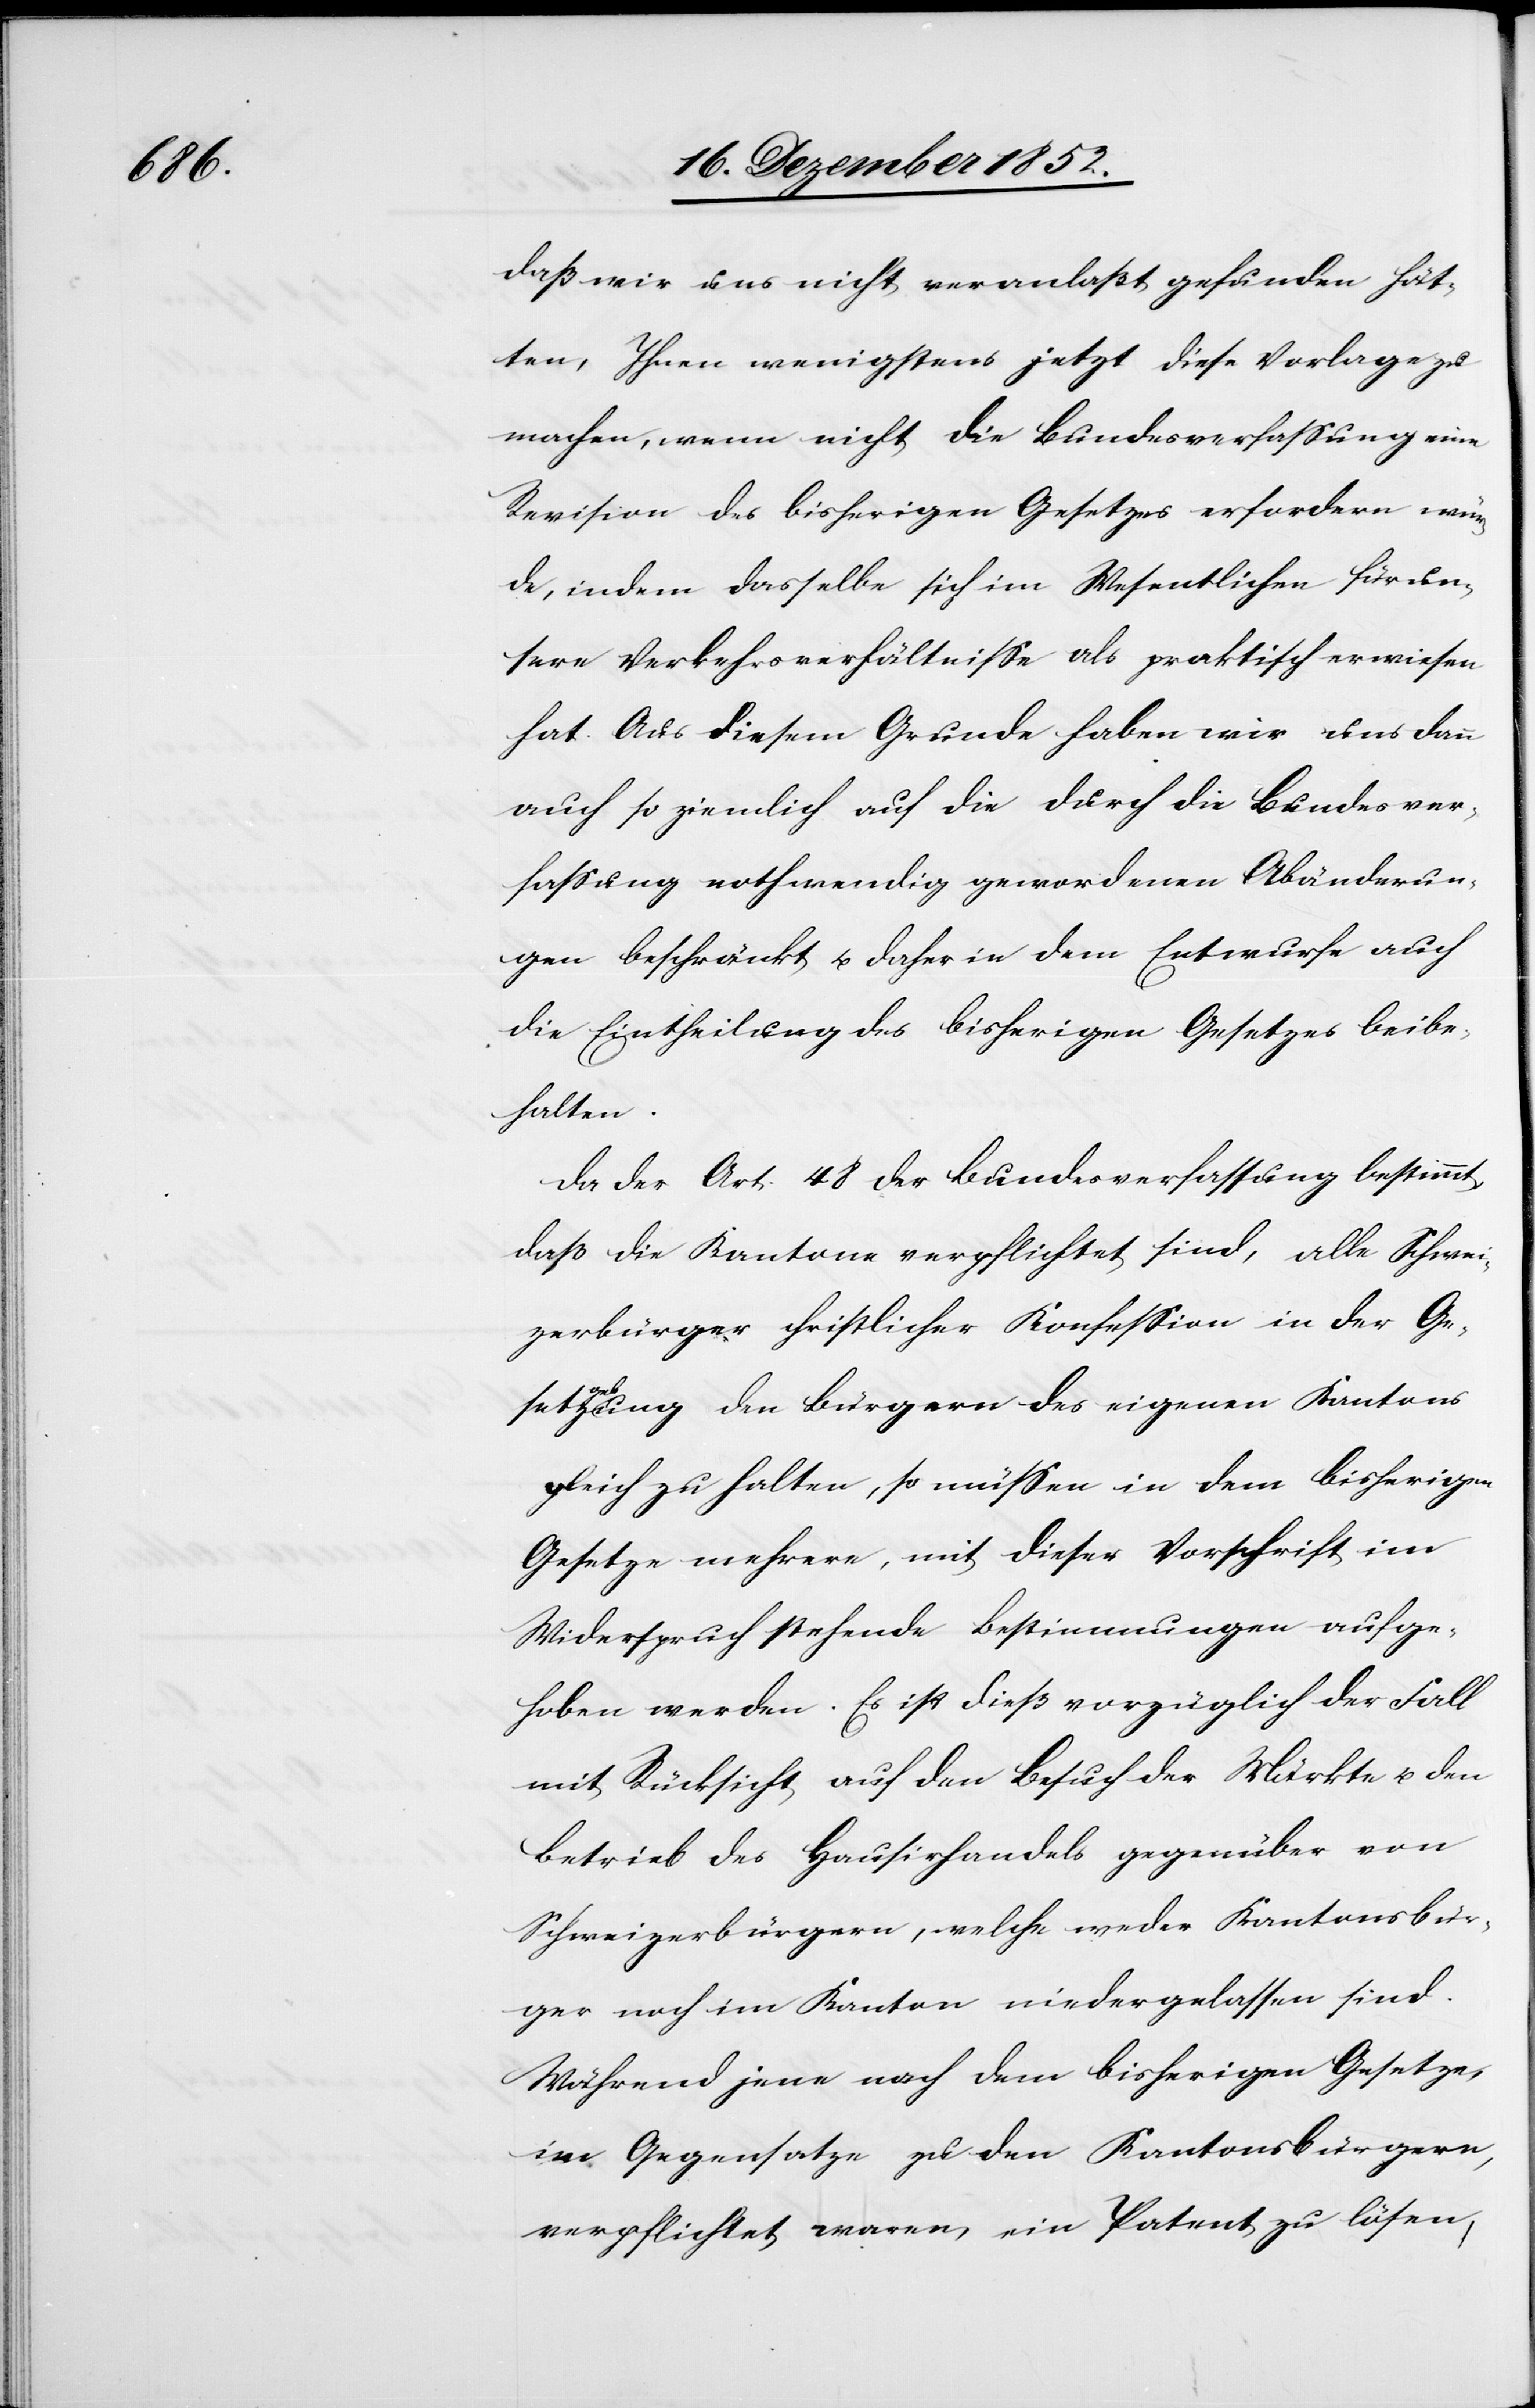
daß wir uns nicht veranlaßt gefunden hät¬
ten, Ihnen wenigstens jetzt diese Vorlage zu
machen, wenn nicht die Bundesverfassung eine
Revision des bisherigen Gesetzes erfordern wür¬
de, indem dasselbe sich im Wesentlichen für un¬
sere Verkehrsverhältnisse als praktisch erwiesen
hat. Aus diesem Grunde haben wir uns dann
auch so ziemlich auf die durch die Bundesver¬
fassung nothwendig gewordenen Abänderun¬
gen beschränkt u. daher in dem Entwurfe auch
die Eintheilung des bisherigen Gesetzes beibe¬
halten.
Da der Art. 48 der Bundesverfassung bestimmt,
daß die Kantone verpflichtet sind, alle Schwei¬
zerbürger christlicher Konfession in der Ge¬
setzgebung den Bürgern des eigenen Kantons
gleich zu halten, so müssen in dem bisherigen
Gesetze mehrere, mit dieser Vorschrift im
Widerspruch stehende Bestimmungen aufge¬
hoben werden. Es ist dieß vorzüglich der Fall
mit Rücksicht auf den Besuch der Märkte u. den
Betrieb des Hausirhandels gegenüber von
Schweizerbürgern, welche weder Kantonsbür¬
ger noch im Kanton niedergelassen sind.
Während jene nach dem bisherigen Gesetze,
im Gegensatze zu den Kantonsbürgern,
verpflichtet waren, ein Patent zu lösen,